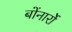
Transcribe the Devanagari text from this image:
बोंनार्रो